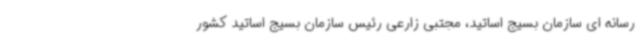
رسانه ای سازمان بسیج اساتید، مجتبی زارعی رئیس سازمان بسیج اساتید کشور